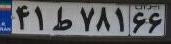
۴۱ط۷۸۱۶۶